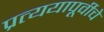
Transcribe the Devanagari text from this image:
प्रत्ययापूर्वीचे